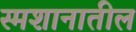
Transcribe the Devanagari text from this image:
स्मशानातील